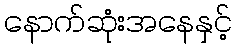
နောက်ဆုံးအနေနှင့်